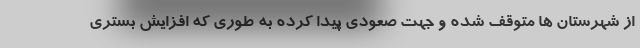
از شهرستان ها متوقف شده و جهت صعودی پیدا کرده به طوری که افزایش بستری